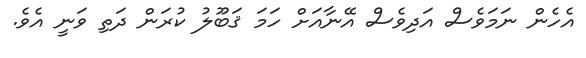
އެހެން ނަމަވެސް އަދިވެސް އޭނާއަށް ހަމަ ޤަބޫލު ކުރަން ދަތި ވަނީ އެވެ.